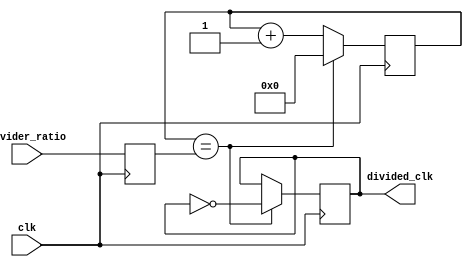
module fractional_clock_divider (
    input wire clk,
    input wire [7:0] divider_ratio,
    output reg divided_clk
);

reg [15:0] counter;
reg [7:0] count_max;

always @(posedge clk) begin
    // Update count_max based on divider ratio
    count_max <= divider_ratio;

    // Increment counter
    if (counter == count_max) begin
        counter <= 0;
        divided_clk <= ~divided_clk; // Toggle output clock
    end else begin
        counter <= counter + 1;
    end
end

endmodule